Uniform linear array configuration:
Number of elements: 24
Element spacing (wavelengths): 1
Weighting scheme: hann
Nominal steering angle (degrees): -15
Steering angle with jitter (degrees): -16.269
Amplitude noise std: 0.05
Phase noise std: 0.05

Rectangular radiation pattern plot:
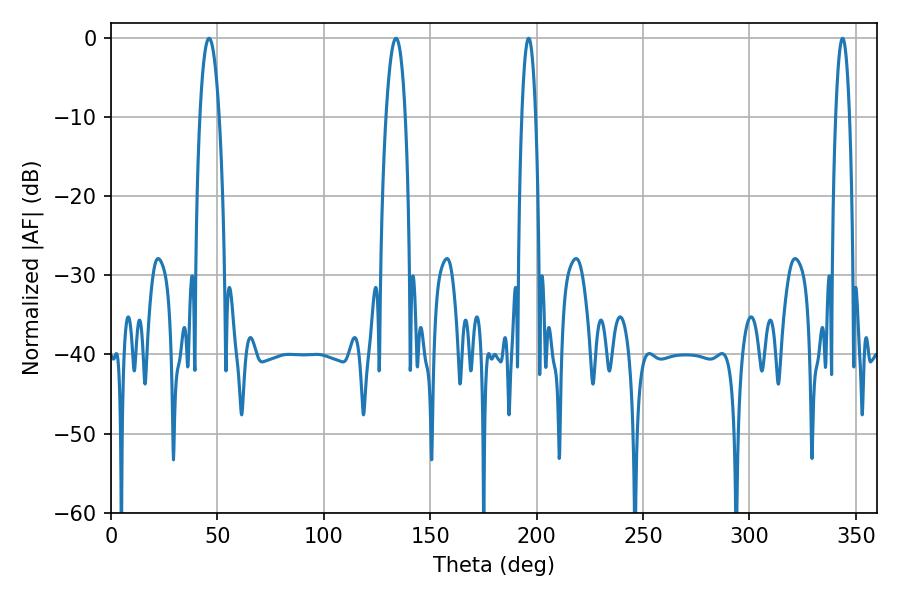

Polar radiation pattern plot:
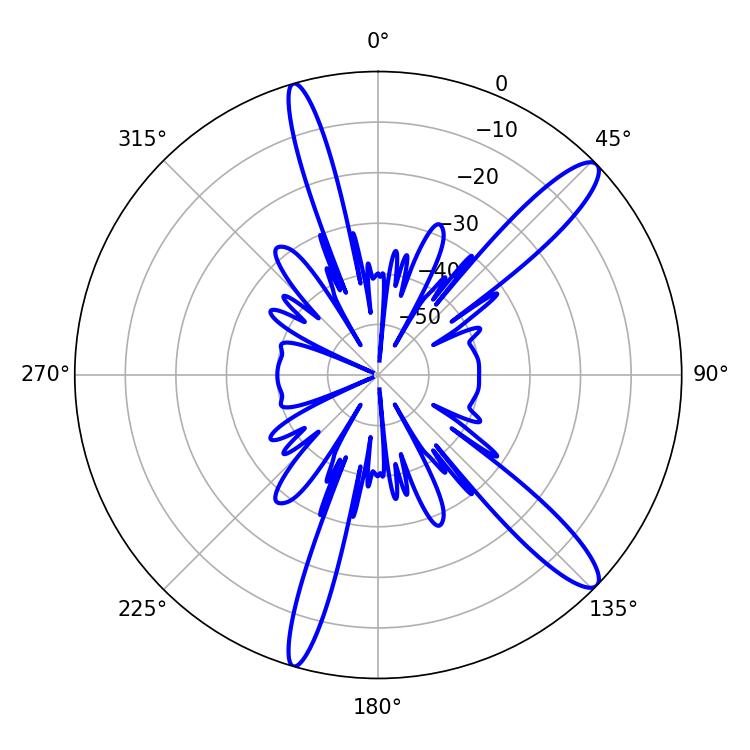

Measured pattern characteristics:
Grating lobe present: TRUE
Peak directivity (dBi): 13.089
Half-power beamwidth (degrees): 5.04
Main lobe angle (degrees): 133.92